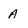
Character: A